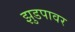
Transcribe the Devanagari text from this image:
झुडपावर